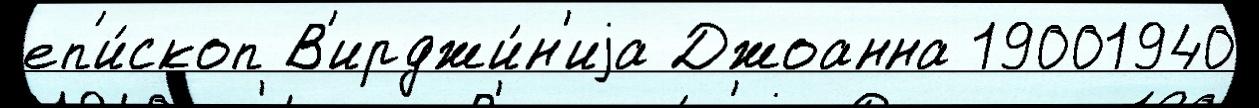
еп'и́скоп В'ирджи́н'иjа Джоанна 19001940